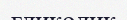
гликолик